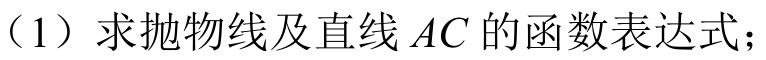
（1）求抛物线及直线\(AC\)的函数表达式；